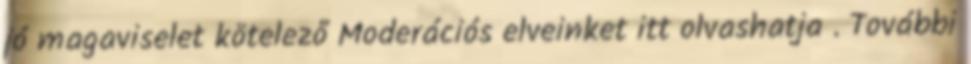
jó magaviselet kötelező Moderációs elveinket itt olvashatja . További